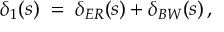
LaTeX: \delta _ { 1 } ( s ) \; = \; \delta _ { E R } ( s ) + \delta _ { B W } ( s ) \, ,